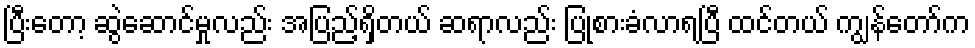
ပြီးတော့ ဆွဲဆောင်မှုလည်း အပြည့်ရှိတယ် ဆရာလည်း ပြုစားခံလာရပြီ ထင်တယ် ကျွန်တော်က